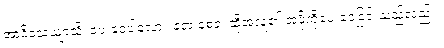
အာဒိသေယျာသိ၊ ပေးဝေပါလော။ ဧတံ စေဝ၊ ထိုအလှူ၏ အဖို့ကိုပေးဝေခြင်းသည်လည်း။